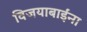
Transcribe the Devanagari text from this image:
विजयाबाईंना